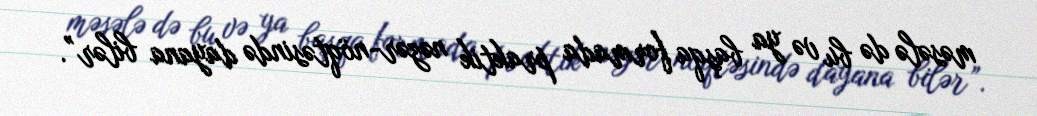
məsələ də bu və ya başqa formada praktik nəzər-nöqtəsində dayana bilər”.